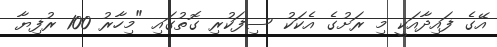
އޭގެ ފައިދާއަކީ މި ރަށުގެ އެކަކު ސިފަކުރި ގޮތުގައި "މިހާރު 100 ރުފިޔާ